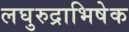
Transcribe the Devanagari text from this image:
लघुरुद्राभिषेक